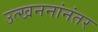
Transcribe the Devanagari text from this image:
उत्खननांनंतर